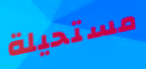
مستحيلة